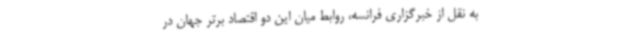
به نقل از خبرگزاری فرانسه، روابط میان این دو اقتصاد برتر جهان در